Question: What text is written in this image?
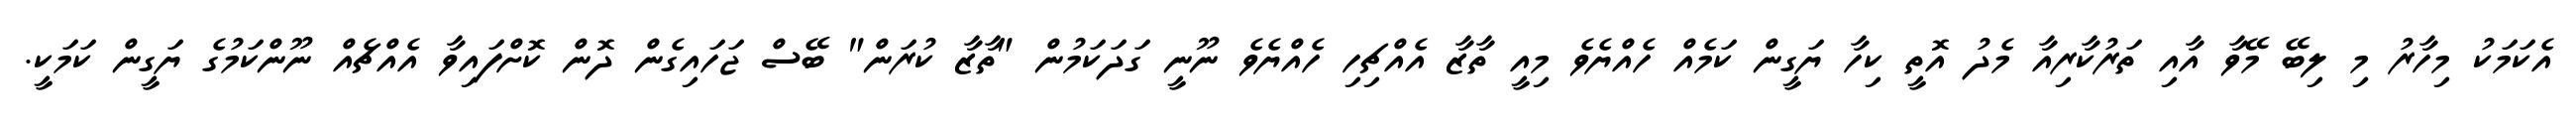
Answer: އެކަމަކު މިހާރު މި ލިބޭ މޭވާ އާއި ތަރުކާރިއާ މެދު އޮތީ ކިހާ ޔަގީން ކަމެއް ހެއްޔެވެ މިއީ ތާޒާ އެއްޗިހި ހެއްޔެވެ ނޫނީ ގަދަކަމުން "ތާޒާ ކުރަން" ބޭސް ޖަހައިގެން ދޮން ކޮށްފައިވާ އެއްޗެއް ނޫންކަމުގެ ޔަގީން ކަމަކީ.